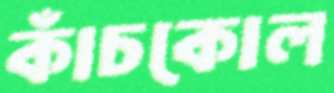
কাঁচকোল